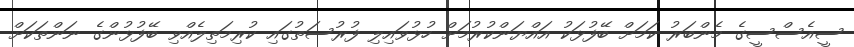
ސީއެސްސީގެ މެންބަރު ކަމަށް ބޭފުޅަކު އައްޔަންކުރުމަށް ހުޅުވައިލި ފުރުސަތުގައި ކުރިމަތިލެއްވި ބޭފުޅުންގެ ނަންތަކަށް